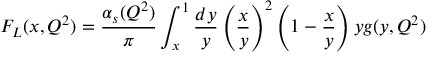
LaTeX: F _ { L } ( x , Q ^ { 2 } ) = { \frac { \alpha _ { s } ( Q ^ { 2 } ) } { \pi } } \int _ { x } ^ { 1 } { \frac { d y } { y } } \left( { \frac { x } { y } } \right) ^ { 2 } \left( 1 - { \frac { x } { y } } \right) y g ( y , Q ^ { 2 } )